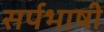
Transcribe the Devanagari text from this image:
सर्पभाषी